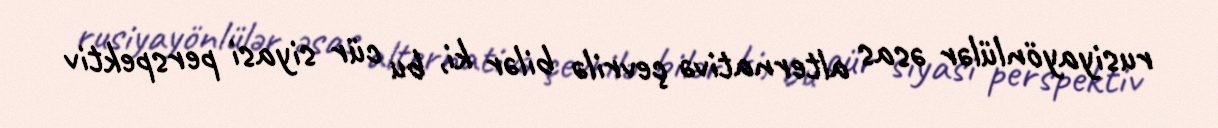
rusiyayönlülər əsas alternativə çevrilə bilər ki, bu cür siyasi perspektiv